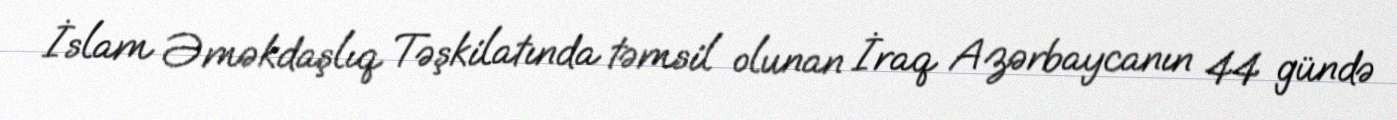
İslam Əməkdaşlıq Təşkilatında təmsil olunan İraq Azərbaycanın 44 gündə